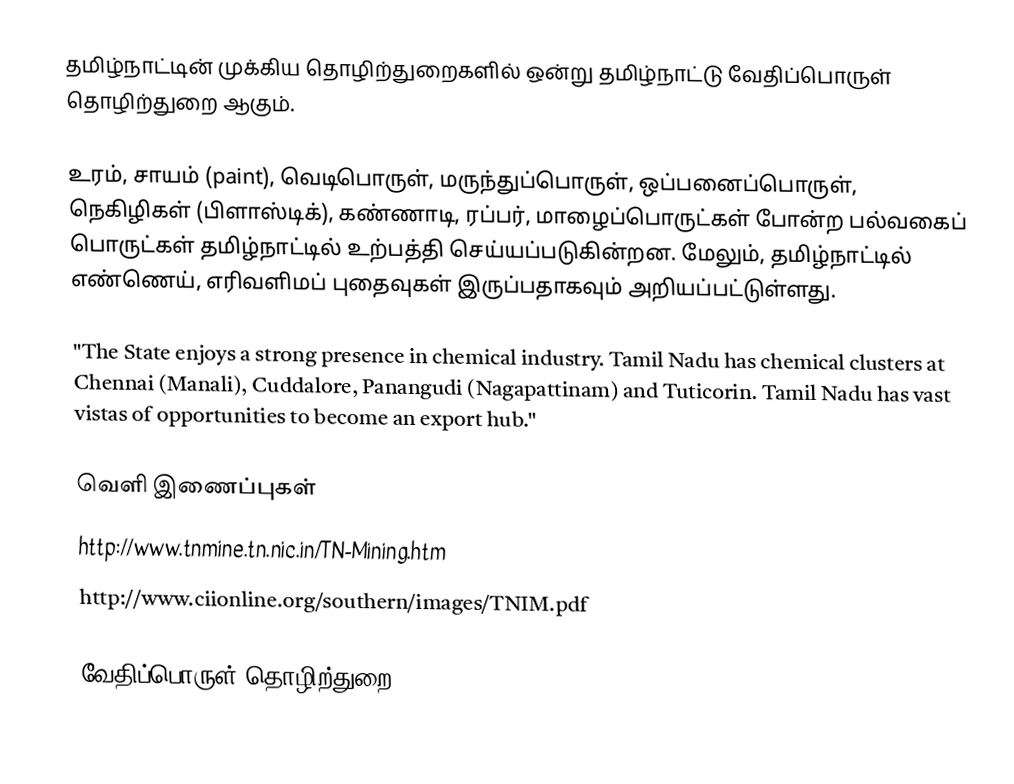
தமிழ்நாட்டின் முக்கிய தொழிற்துறைகளில் ஒன்று தமிழ்நாட்டு வேதிப்பொருள் தொழிற்துறை ஆகும்.

உரம், சாயம் (paint), வெடிபொருள், மருந்துப்பொருள், ஒப்பனைப்பொருள், நெகிழிகள் (பிளாஸ்டிக்), கண்ணாடி, ரப்பர், மாழைப்பொருட்கள் போன்ற பல்வகைப் பொருட்கள் தமிழ்நாட்டில் உற்பத்தி செய்யப்படுகின்றன.  மேலும், தமிழ்நாட்டில் எண்ணெய், எரிவளிமப் புதைவுகள் இருப்பதாகவும் அறியப்பட்டுள்ளது.

"The State enjoys a strong presence in chemical industry. Tamil Nadu has chemical clusters at Chennai (Manali), Cuddalore, Panangudi (Nagapattinam) and Tuticorin.  Tamil Nadu has vast vistas of opportunities to become an export hub."

வெளி இணைப்புகள்
 http://www.tnmine.tn.nic.in/TN-Mining.htm
 http://www.ciionline.org/southern/images/TNIM.pdf

வேதிப்பொருள் தொழிற்துறை